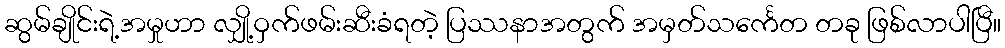
ဆွမ်ချိုင်းရဲ့အမှုဟာ လျှို့ဝှက်ဖမ်းဆီးခံရတဲ့ ပြဿနာအတွက် အမှတ်သင်္ကေတ တခု ဖြစ်လာပါပြီ။